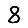
Digit: 8